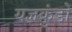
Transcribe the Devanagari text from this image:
यज्ञकुंडों